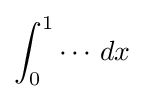
\int _{0}^{1}\cdots \,dx